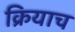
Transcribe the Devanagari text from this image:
क्रियाच